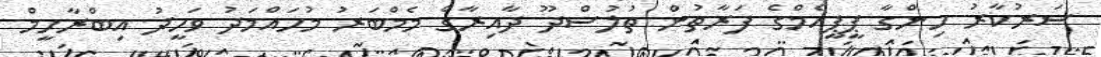
ސަރުކާރު ހިންގާ ޕީޕީއެމްގެ ފަރާތުން ތުލުސްދޫ ދާއިރާގެ މެމްބަރު މުހައްމަދު ވަހީދު އިބްރާހީމް